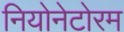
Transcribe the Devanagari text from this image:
नियोनेटोरम